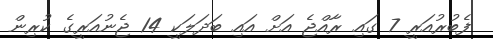
ފެބުރުއަރީ 7 ގައި ރާއްޖެ އަށް އައި ބަދަލަކީ 14 ޖެނުއަރީގެ ކުރިން